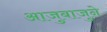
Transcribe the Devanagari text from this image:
आजुबाजुने